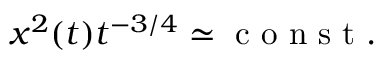
x ^ { 2 } ( t ) t ^ { - 3 / 4 } \simeq \mathrm { ~ c ~ o ~ n ~ s ~ t ~ . ~ }